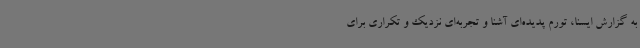
به گزارش ایسنا، تورم پدیده‌ای آشنا و تجربه‌ای نزدیک و تکراری برای